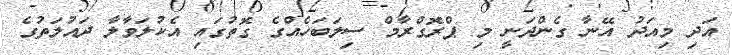
އަދި މިއަދު އޭނާ ގެންދަނީ މި ޕްރޮގްރާމް ސިލަބަހެއްގެ ގޮތުގައި އެކުލަވާލާ ދައުލަތުގެ